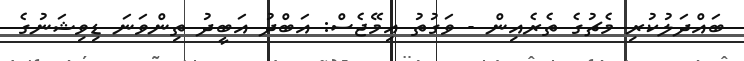
ބައްދަލުކުރި މެޗުގެ ތެރެއިން - ވަގުތު އިމޭޖެސް: އަބްދު އަބީދު ތިންވަނަ ޑިވިޝަނުގެ